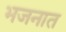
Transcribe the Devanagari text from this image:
भजनात